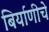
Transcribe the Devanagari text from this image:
बिर्याणीचे